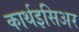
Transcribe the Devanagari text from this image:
कार्थइसिअर